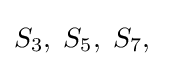
S_{3},\;S_{5},\;S_{7},\;